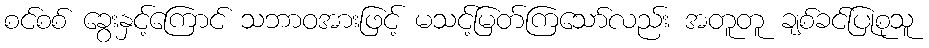
စင်စစ် ခွေးနှင့်ကြောင် သဘာဝအားဖြင့် မသင့်မြတ်ကြသော်လည်း အတူတူ ချစ်ခင်ပြုစုသူ